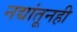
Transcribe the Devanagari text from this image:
नद्यांतूनही